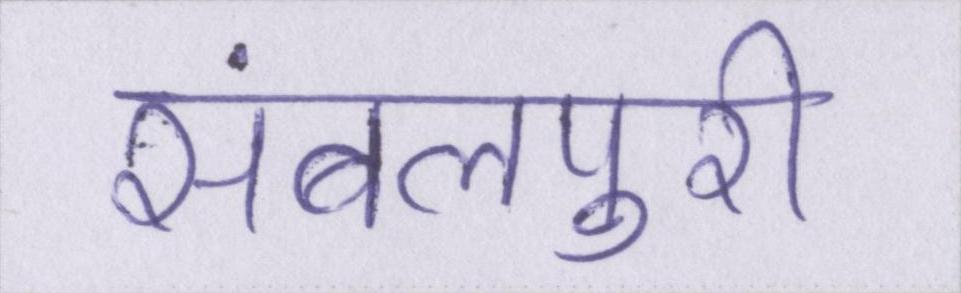
संबलपुरी